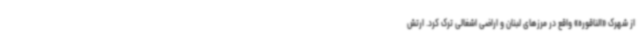
از شهرک «الناقوره» واقع در مرزهای لبنان و اراضی اشغالی ترک کرد. ارتش